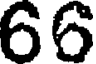
66